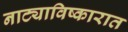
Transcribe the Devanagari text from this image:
नाट्याविष्कारात